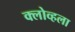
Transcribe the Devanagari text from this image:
क्लोव्हला